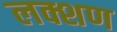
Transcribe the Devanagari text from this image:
लक्शण